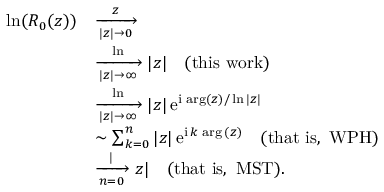
\begin{array} { r l } { \ln ( R _ { 0 } ( z ) ) } & { \xrightarrow [ | z | \to 0 ] z } \\ & { \xrightarrow [ | z | \to \infty ] \ln | z | \quad \mathrm { ( t h i s ~ w o r k ) } } \\ & { \xrightarrow [ | z | \to \infty ] \ln | z | \, \mathrm { e } ^ { \mathrm { i } \, \arg ( z ) / \ln | z | } } \\ & { \sim \sum _ { k = 0 } ^ { n } { | z | \, \mathrm { e } ^ { \mathrm { i } \, k \, \arg { ( z ) } } } \quad \mathrm { ( t h a t ~ i s , ~ W P H ) } } \\ & { \xrightarrow [ n = 0 ] | z | \quad \mathrm { ( t h a t ~ i s , ~ M S T ) } . } \end{array}